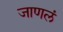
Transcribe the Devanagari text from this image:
जाणलं